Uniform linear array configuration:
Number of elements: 16
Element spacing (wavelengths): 0.75
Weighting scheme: binomial
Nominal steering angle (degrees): -30
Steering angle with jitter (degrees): -30.601
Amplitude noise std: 0.05
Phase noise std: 0.05

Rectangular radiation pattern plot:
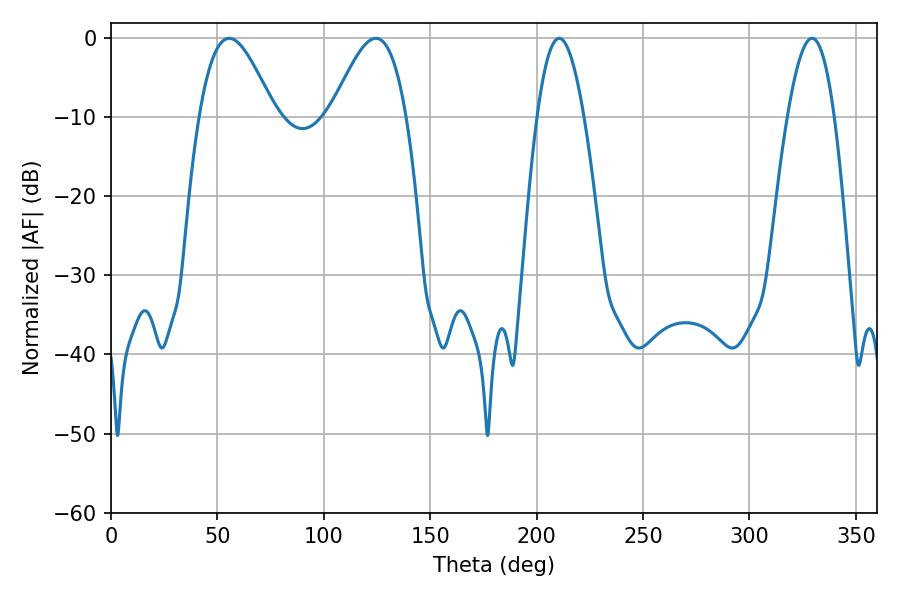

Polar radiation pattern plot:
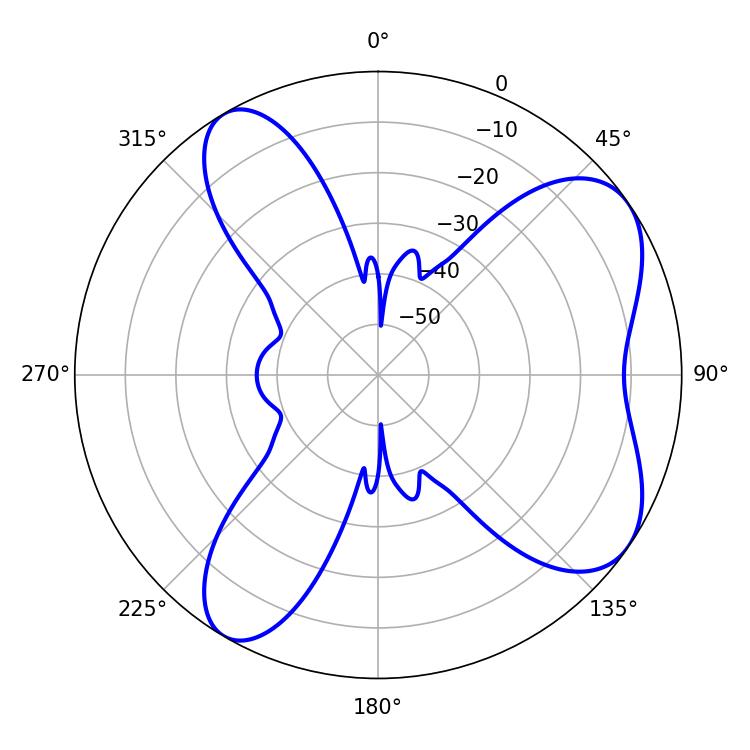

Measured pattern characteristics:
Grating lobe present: TRUE
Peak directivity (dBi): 6.961
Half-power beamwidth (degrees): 11.88
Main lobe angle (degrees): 210.6